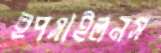
ইপসাইলনস